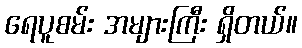
ရေပူစမ်း အများကြီး ရှိတယ်။